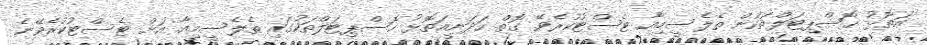
އަތޮޅު ހޮސްޕިޓަލްތަކުން ތެލެސީމިއާ ޓެސްޓުކުރެވޭ ގޮތް ހަދަނީއަތޮޅު ހޮސްޕިޓަލްތަކުގައި ތެލެސީމިއާ އަށް ޓެސްޓުކުރެވޭނެ